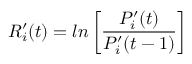
R _ { i } ^ { \prime } ( t ) = l n \left[ \frac { P _ { i } ^ { \prime } ( t ) } { P _ { i } ^ { \prime } ( t - 1 ) } \right]